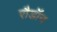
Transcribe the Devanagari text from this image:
रौडॉन